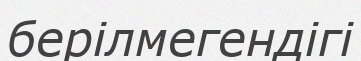
берілмегендігі